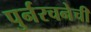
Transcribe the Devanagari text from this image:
पुर्नरचनेची